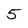
Character: 5